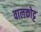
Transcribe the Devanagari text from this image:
वालकोट्ट